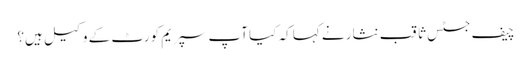
چیف جسٹس ثاقب نثار نے کہا کہ کیا آپ سپریم کورٹ کے وکیل ہیں؟